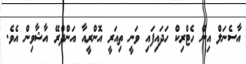
އާސެނަލް އިން ހެޓްރިކް ހަދައިފައި ވަނީ ތިއަރީ އޮންރީއާ އަންދްރޭ އާޝާވިން އެވެ.